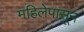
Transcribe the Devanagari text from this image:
महिलेपासून